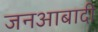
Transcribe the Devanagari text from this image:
जनआबादी